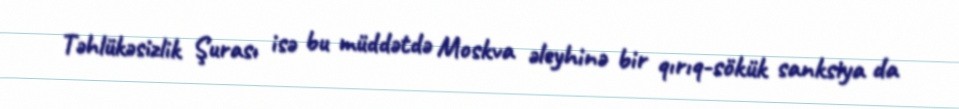
Təhlükəsizlik Şurası isə bu müddətdə Moskva əleyhinə bir qırıq-sökük sanksiya da